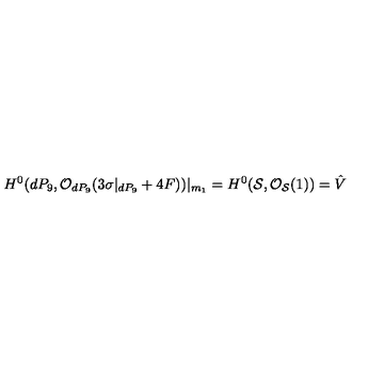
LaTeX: H ^ { 0 } ( d P _ { 9 } , { \cal O } _ { d P _ { 9 } } ( 3 \sigma | _ { d P _ { 9 } } + 4 F ) ) | _ { m _ { 1 } } = H ^ { 0 } ( { \cal S } , { \cal O } _ { { \cal S } } ( 1 ) ) = \hat { V }